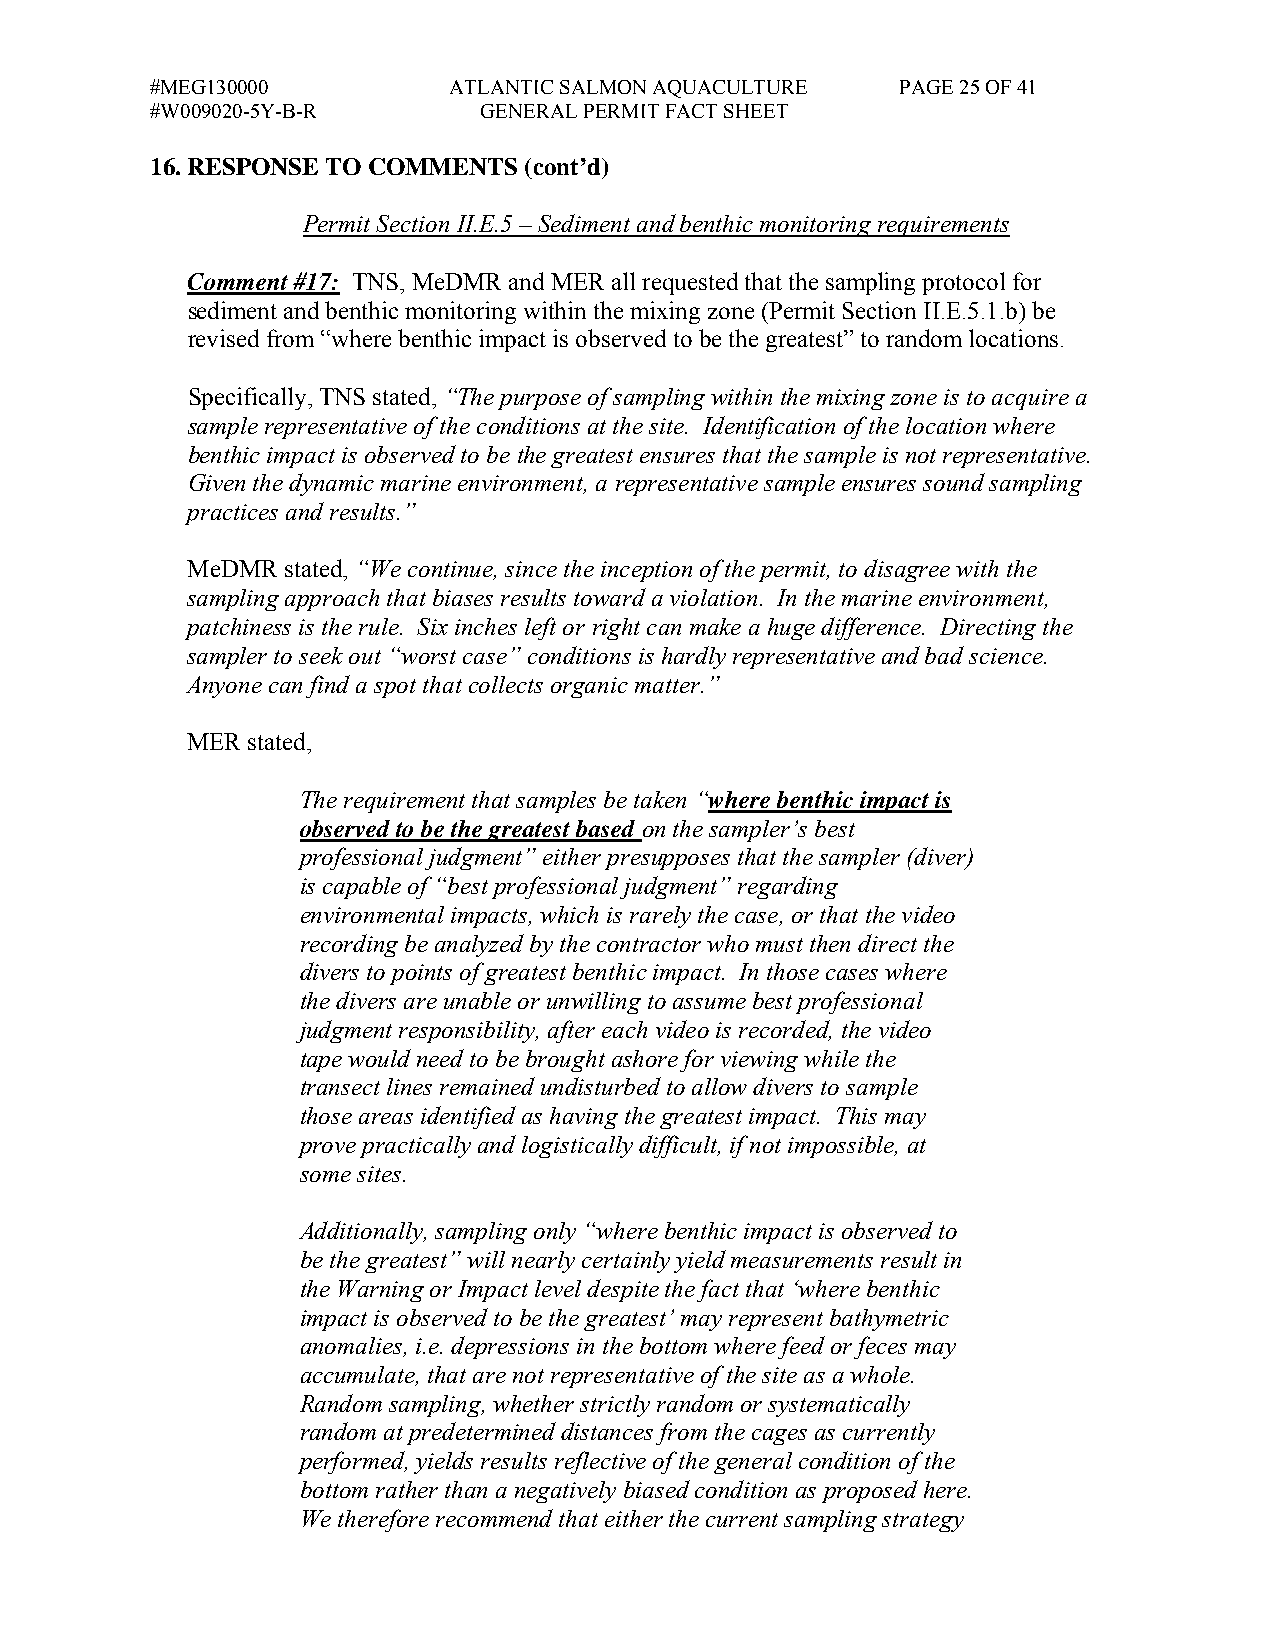
#MEG130000          ATLANTIC SALMON AQUACULTURE   PAGE 25 OF 41
 #W009020-5Y-B-R       GENERAL PERMIT FACT SHEET
 16. RESPONSE TO COMMENTS (cont’d)
 Permit Section II.E.5 – Sediment and benthic monitoring requirements
 Comment #17: TNS, MeDMR and MER all requested that the sampling protocol for
 sediment and benthic monitoring within the mixing zone (Permit Section II.E.5.1.b) be
 revised from “where benthic impact is observed to be the greatest” to random locations.
 Specifically, TNS stated, “The purpose of sampling within the mixing zone is to acquire a
 sample representative of the conditions at the site. Identification of the location where
 benthic impact is observed to be the greatest ensures that the sample is not representative.
 Given the dynamic marine environment, a representative sample ensures sound sampling
 practices and results.”
 MeDMR  stated, “We continue, since the inception of the permit, to disagree with the
 sampling approach that biases results toward a violation. In the marine environment,
 patchiness is the rule. Six inches left or right can make a huge difference. Directing the
 sampler to seek out “worst case” conditions is hardly representative and bad science.
 Anyone can find a spot that collects organic matter.”
 MER stated,
 The requirement that samples be taken “where benthic impact is
 observed to be the greatest based on the sampler’s best
 professional judgment” either presupposes that the sampler (diver)
 is capable of “best professional judgment” regarding
 environmental impacts, which is rarely the case, or that the video
 recording be analyzed by the contractor who must then direct the
 divers to points of greatest benthic impact. In those cases where
 the divers are unable or unwilling to assume best professional
 judgment responsibility, after each video is recorded, the video
 tape would need to be brought ashore for viewing while the
 transect lines remained undisturbed to allow divers to sample
 those areas identified as having the greatest impact. This may
 prove practically and logistically difficult, if not impossible, at
 some sites.
 Additionally, sampling only “where benthic impact is observed to
 be the greatest” will nearly certainly yield measurements result in
 the Warning or Impact level despite the fact that ‘where benthic
 impact is observed to be the greatest’ may represent bathymetric
 anomalies, i.e. depressions in the bottom where feed or feces may
 accumulate, that are not representative of the site as a whole.
 Random sampling, whether strictly random or systematically
 random at predetermined distances from the cages as currently
 performed, yields results reflective of the general condition of the
 bottom rather than a negatively biased condition as proposed here.
 We therefore recommend that either the current sampling strategy